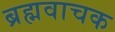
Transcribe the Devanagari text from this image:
ब्रह्मवाचक